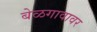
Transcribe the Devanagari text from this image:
बेळगावावर